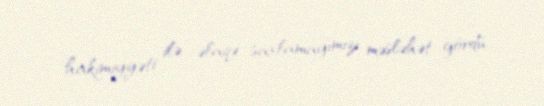
hakimiyyəti ilə əlaqə saxlamağımızı məsləhət gördü.